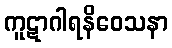
ကူဋာဂါရနိဝေသနာ